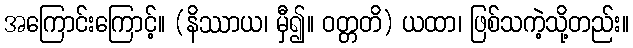
အကြောင်းကြောင့်။ (နိဿာယ၊ မှီ၍။ ဝတ္တတိ) ယထာ၊ ဖြစ်သကဲ့သို့တည်း။